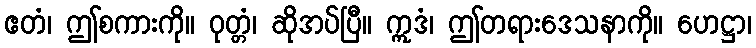
ဧတံ၊ ဤစကားကို။ ဝုတ္တံ၊ ဆိုအပ်ပြီ။ ဣဒံ၊ ဤတရားဒေသနာကို။ ဟေဋ္ဌာ၊